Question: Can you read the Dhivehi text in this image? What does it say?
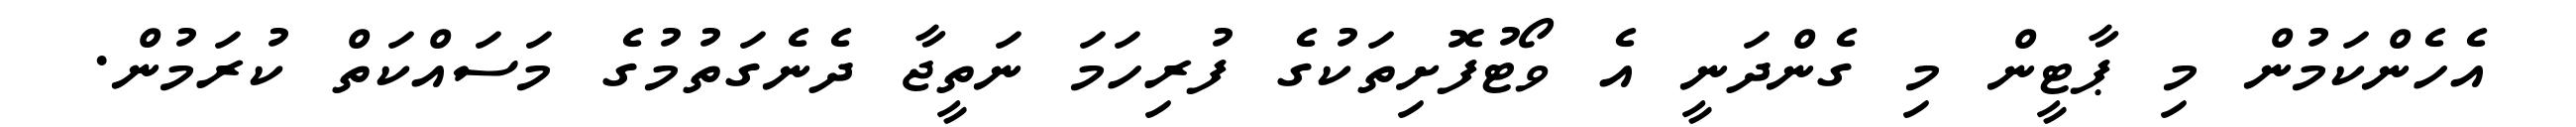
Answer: އެހެންކަމުން މި ޕާޓީން މި ގެންދަނީ އެ ވޯޓުފޮށިތަކުގެ ފުރިހަމަ ނަތީޖާ ދެނެގަތުމުގެ މަސައްކަތް ކުރަމުން.